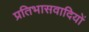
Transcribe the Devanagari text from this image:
प्रतिभासवादियों